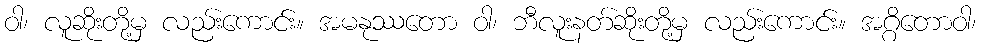
ဝါ၊ လူဆိုးတို့မှ လည်းကောင်း။ အမနုဿတော ဝါ၊ ဘီလူးနတ်ဆိုးတို့မှ လည်းကောင်း။ အဂ္ဂိတောဝါ၊